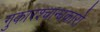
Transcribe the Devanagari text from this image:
गुकारश्चान्धकारो